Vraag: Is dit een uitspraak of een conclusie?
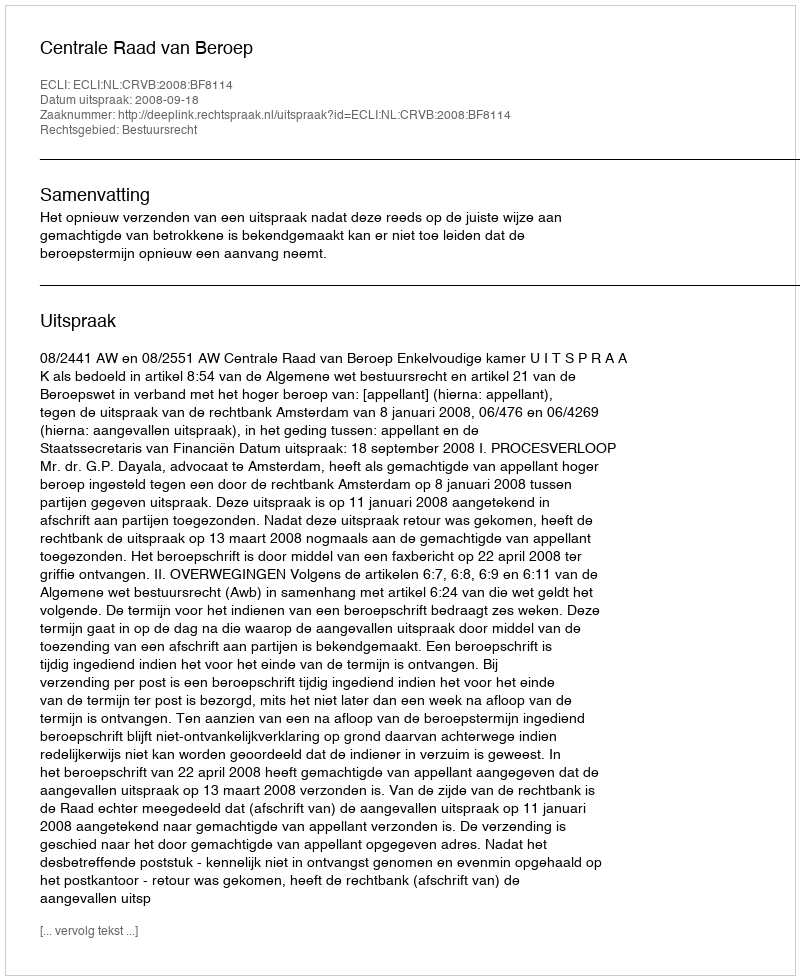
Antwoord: Uitspraak